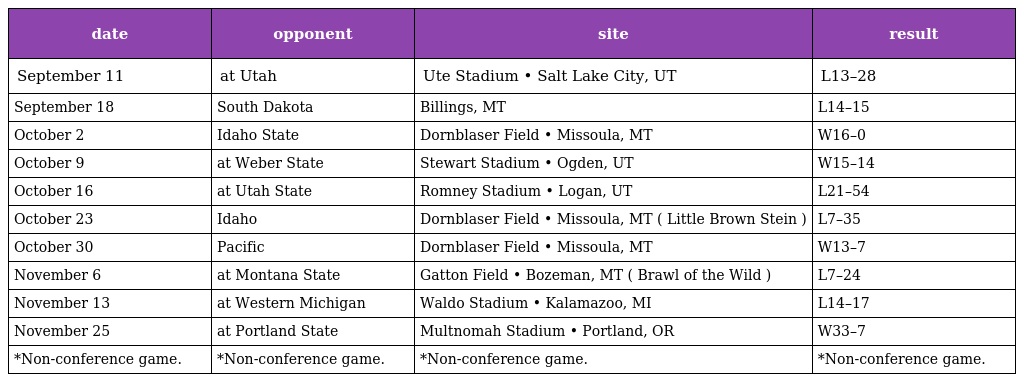
| date | opponent | site | result |
 | --- | --- | --- | --- |
 | September 11 | at Utah | Ute Stadium • Salt Lake City, UT | L13–28 |
 | September 18 | South Dakota | Billings, MT | L14–15 |
 | October 2 | Idaho State | Dornblaser Field • Missoula, MT | W16–0 |
 | October 9 | at Weber State | Stewart Stadium • Ogden, UT | W15–14 |
 | October 16 | at Utah State | Romney Stadium • Logan, UT | L21–54 |
 | October 23 | Idaho | Dornblaser Field • Missoula, MT ( Little Brown Stein ) | L7–35 |
 | October 30 | Pacific | Dornblaser Field • Missoula, MT | W13–7 |
 | November 6 | at Montana State | Gatton Field • Bozeman, MT ( Brawl of the Wild ) | L7–24 |
 | November 13 | at Western Michigan | Waldo Stadium • Kalamazoo, MI | L14–17 |
 | November 25 | at Portland State | Multnomah Stadium • Portland, OR | W33–7 |
 | *Non-conference game. | *Non-conference game. | *Non-conference game. | *Non-conference game. |